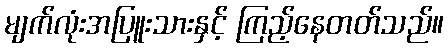
မျက်လုံးအပြူးသားနှင့် ကြည့်နေတတ်သည်။